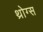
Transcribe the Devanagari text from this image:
थ्रोग्स